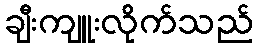
ချီးကျူးလိုက်သည်